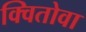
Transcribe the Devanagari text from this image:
क्वितोवा